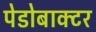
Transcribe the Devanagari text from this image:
पेडोबाक्टर